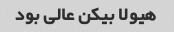
هیولا بیکن عالی بود